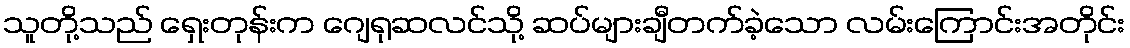
သူတို့သည် ရှေးတုန်းက ဂျေရုဆလင်သို့ ဆပ်များချီတက်ခဲ့သော လမ်းကြောင်းအတိုင်း